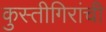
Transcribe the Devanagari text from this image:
कुस्तीगिरांची